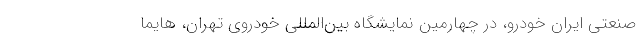
صنعتی ایران خودرو، در چهارمین نمایشگاه بین‌المللی خودروی تهران، هایما